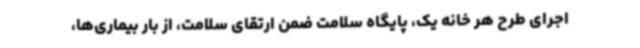
اجرای طرح هر خانه یک، پایگاه سلامت ضمن ارتقای سلامت، از بار بیماری‌ها،